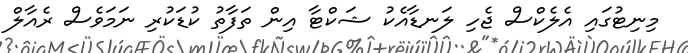
މިނިޓުގައި އެލެކްސް ޖެހި ލަނޑާއެކު ޝަކްޓާ އިން ތަފާތު ކުޑަކުރި ނަމަވެސް ރެއާލް